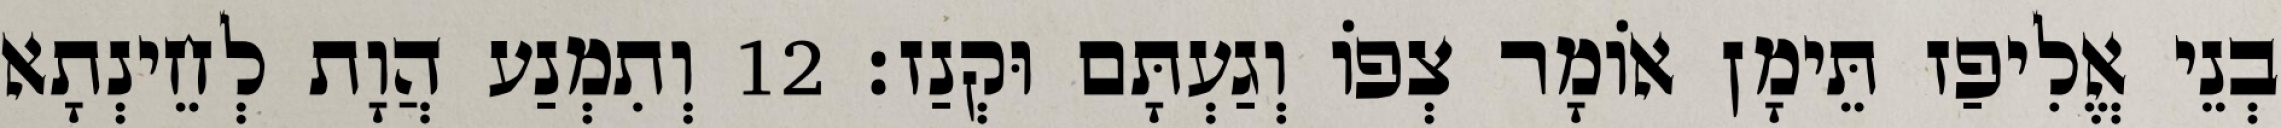
בְנֵי אֱלִיפַז תֵּימָן אוֹמָר צְפוֹ וְגַעְתָּם וּקְנַז׃ 12 וְתִמְנַע הֲוָת לְחֵינְתָא